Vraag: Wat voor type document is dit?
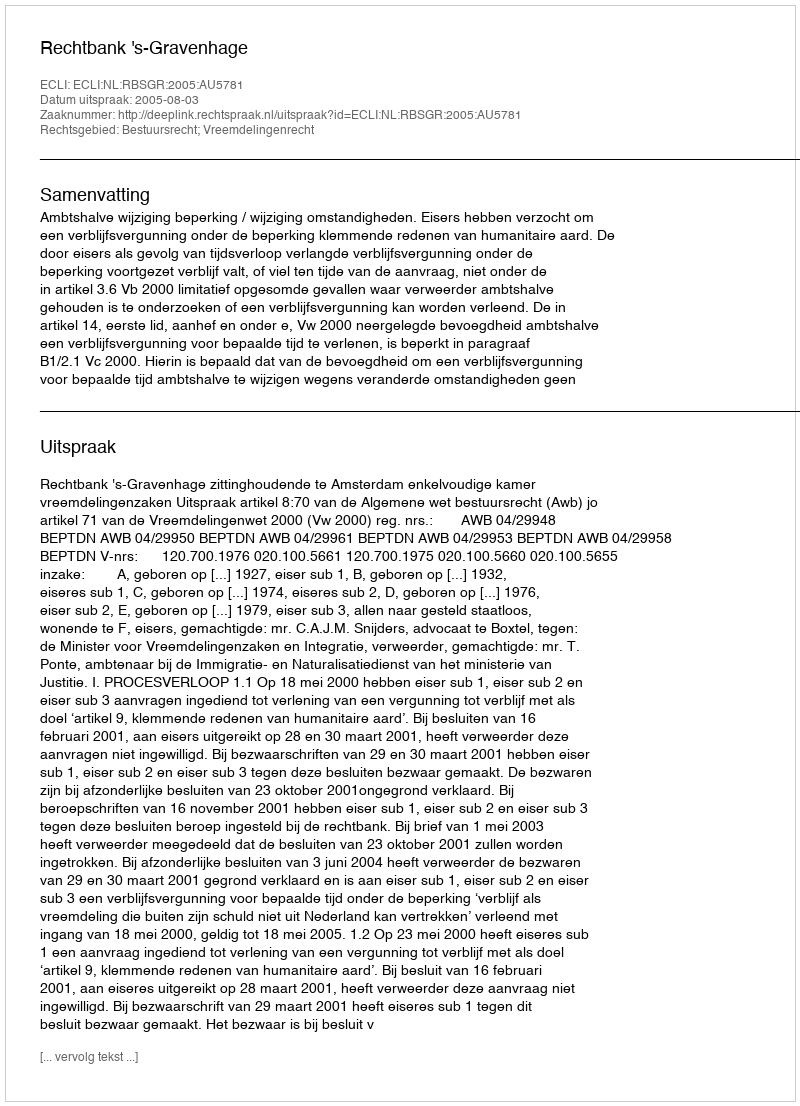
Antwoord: Uitspraak